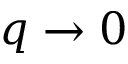
q \to 0